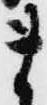
ま